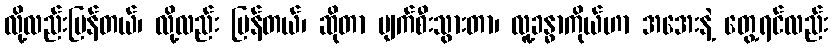
လို့လည်းပြန်တယ်၊ လို့လည်း ပြန်တယ်၊ ဆိုတာ ပျက်စီးသွားတာ၊ လူ့ခန္ဓာကိုယ်ဟာ အအေးနဲ့ တွေ့ရင်လည်း